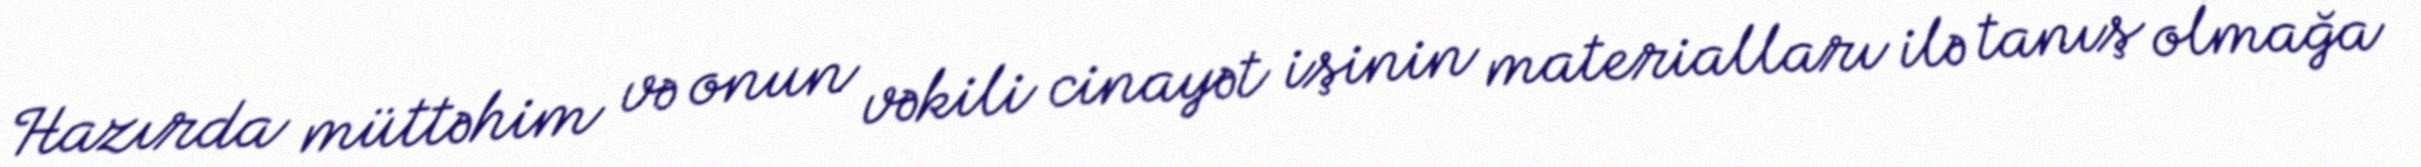
Hazırda müttəhim və onun vəkili cinayət işinin materialları ilə tanış olmağa